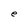
Character: e